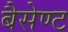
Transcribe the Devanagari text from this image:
बैसेण्ट